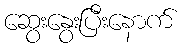
ဆွေးနွေးပြီးနောက်